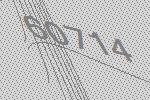
60714